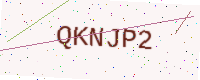
Text: QKNJP2